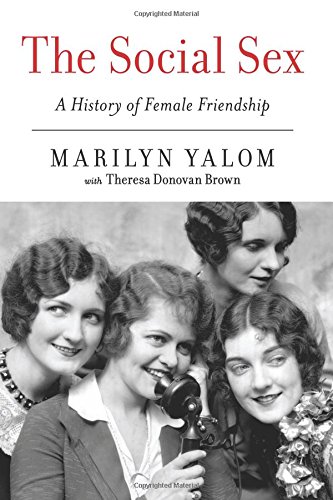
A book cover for The Social Sex: A History of Female Friendship; Marilyn Yalom; Self-Help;